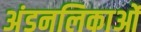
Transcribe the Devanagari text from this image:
अंडनलिकाओं